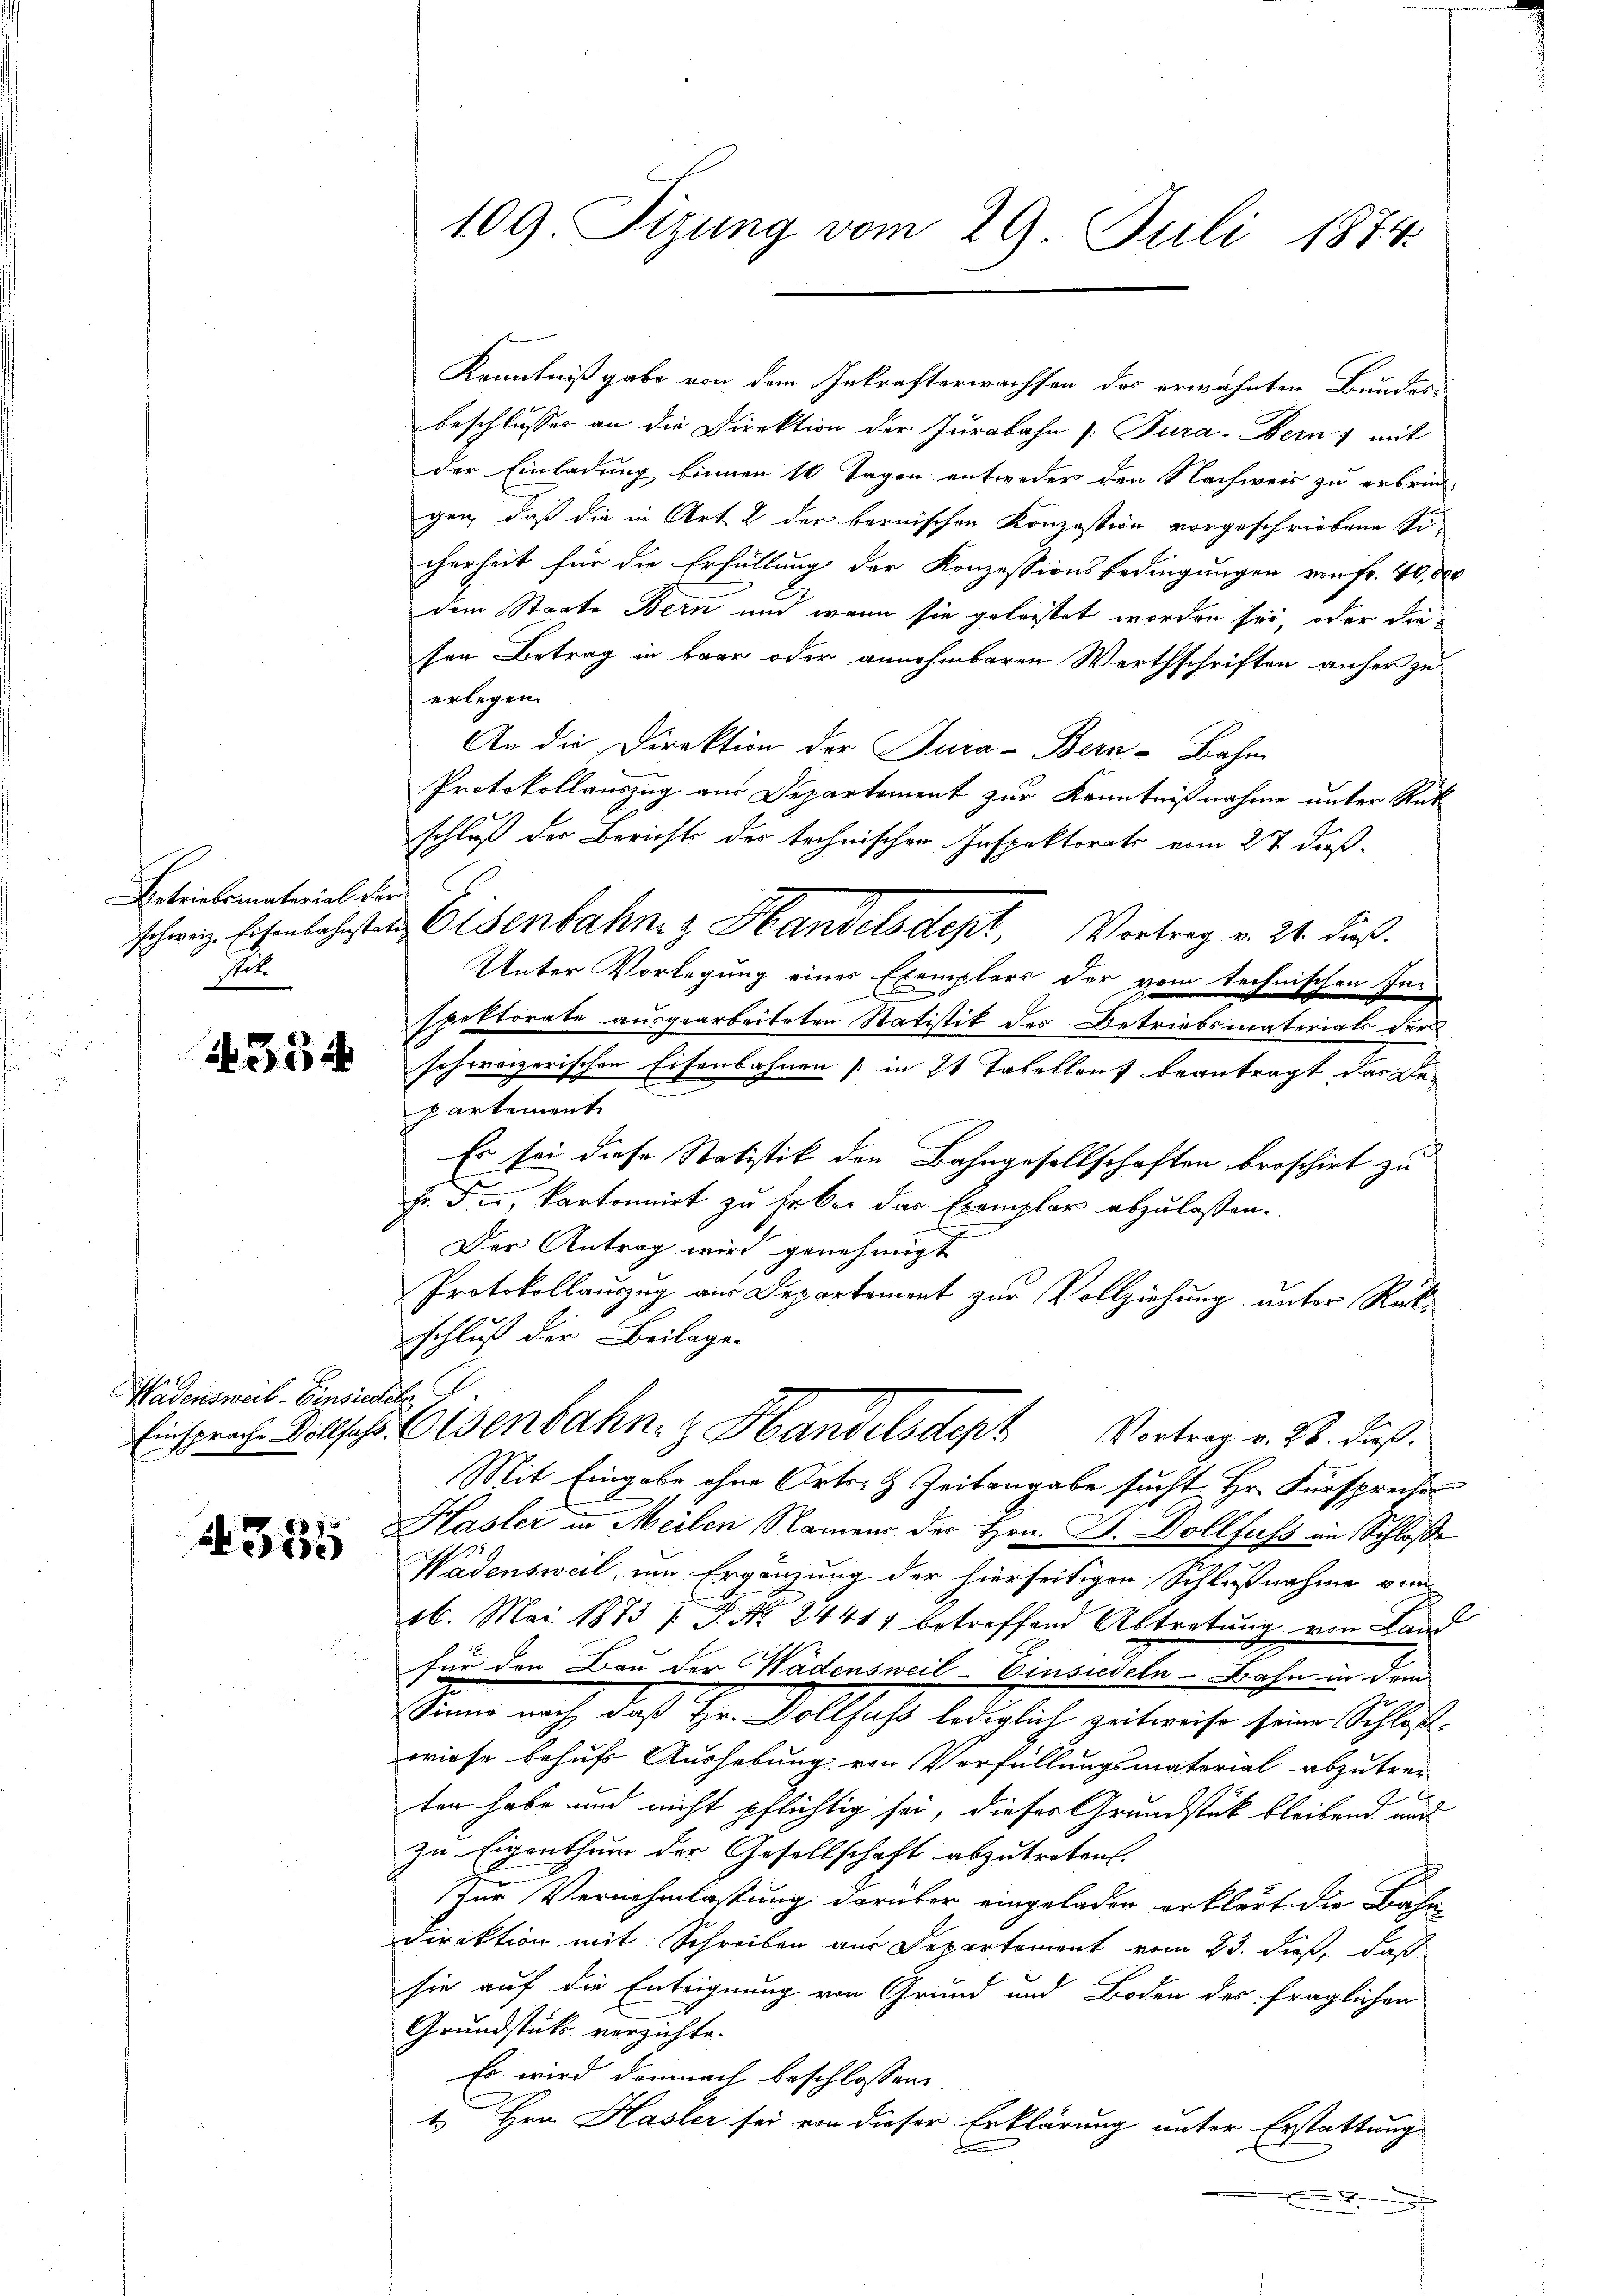
Betrielsmaterial der
Pot.

N 354

Wädensweil–Einsiedeln

4355

beschlusses an die Direktion der Jurabahn (Dura-Bern, mit
der Einladung binnen 10 Tagen entweder den Nachweis zu erbrin-
gen, daß die in Art. 2 der bernischen Konzession vorgeschriebene Sicherheit für die Erfüllung der Konzessionsbedingungen von Fr. 40,000
dem Staate Bern und wenn sie geleistet worden sei, oder die
sen Betrag in baar oder annehmbaren Werthschriften anher zu
erlegen.
An die Direktion der Jura-Bern-Bahni
Protokollauszug aus Departement zur Kenntnißnahme unter Rück
schluß der Berichts des technischen Inspektorats vom 27 dießschwaz sichenlichsten Eisenbahner Handelsdept, Vortrag v. 24. dieß.
Unter Vorlegung eines Exemplars der vom technischen Inspektorate ausgearbeiteten Statistik des Betriebsmaterials der
schweizerischen Eisenbahnen in 21 Tabellauf beantragt das den
kartement
Es sei diese Statistik den Bahngesellschaften broschirt zu
Fr. d. i, Partonnirt zu haber das Exemplar abzulaßen.
E
Der Antrag wird genehmigt
Protokollauszug aus Departement zur Vollziehung unter Rückschluß der Beilage.
Einsprache Vollsche Osenbahn z Handelsdept Vortrag v. 28. Fuß.
Mit Eingabe ohne Orts- & Zeitangabe sucht Hr. Fürsprechen
Hasler in Meilen Namens der Hrn. J. Dollfuss im Schloße
Wädensweil, um Ergänzung der hierseitigen Schlußnahme von
26. Mai 1873 1 S. Nr. 24417 betreffend Abtretung von Land
für den Bau der Wädensweil–Einsiedeln - Bahn in dem
Sinne nach, daß Hr. Vollsass lediglich zeitweise seine Schlosse
wiese behufs Aushebung von Verfüllungsmaterial abzutrei-
ten habe und nicht pflichtig sei, dieses Grundstück bleibend und
zu Eigenthum der Gesellschaft abzutreten.
ur Vernehmlassung darüber eingeladen erklärt die Bahn-
Direktion mit Schreiben aus Departement vom 23. dieß, daß
sie auf die Enteignung von Grund und Boden des fraglichen
Grundstük verzichte.
Es wird demnach beschlossen:
1. Hrn. Hasler sei von dieser Erklärung unter Erstattung

109. Sizung vom 29. Juli 1874.

Kenntnißgabe von dem Inkrafterwachsen des erwähnten Bundes-